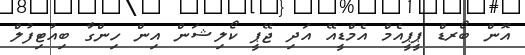
އޮން ބޯރޑް ޕީޕީއެމް އެމްޑީއޭ އަދި ޖޭޕީ ކޯލިޝަން އިން ހިންގާ ބިއުޓިފުލް